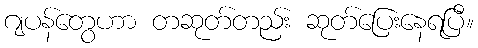
ဂျပန်တွေဟာ တဆုတ်တည်း ဆုတ်ပြေးနေရပြီ။